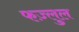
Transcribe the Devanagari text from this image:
फज़्लुल